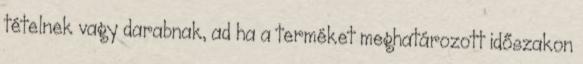
tételnek vagy darabnak, ad ha a terméket meghatározott időszakon